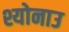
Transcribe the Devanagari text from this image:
श्योनाउ